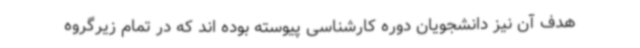
هدف آن نیز دانشجویان دوره کارشناسی پیوسته بوده اند که در تمام زیرگروه